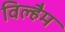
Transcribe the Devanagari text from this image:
विल्हैम